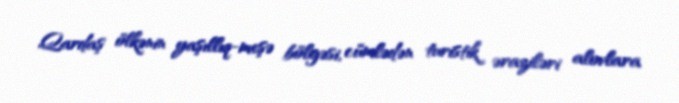
Qardaş ölkənin yaşıllıq-meşə bölgəsi, cümlədən turistik əraziləri alovlara